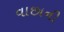
વાછાની